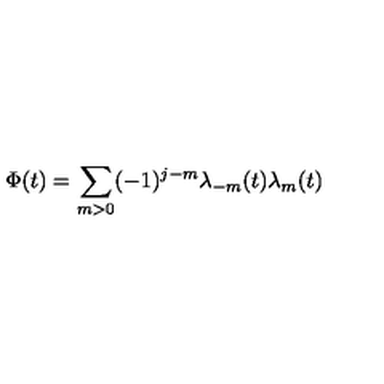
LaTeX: \Phi ( t ) = \sum _ { m > 0 } ( - 1 ) ^ { j - m } \lambda _ { - m } ( t ) \lambda _ { m } ( t )